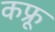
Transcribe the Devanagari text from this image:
कफ्रू